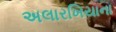
અલારખિયાના